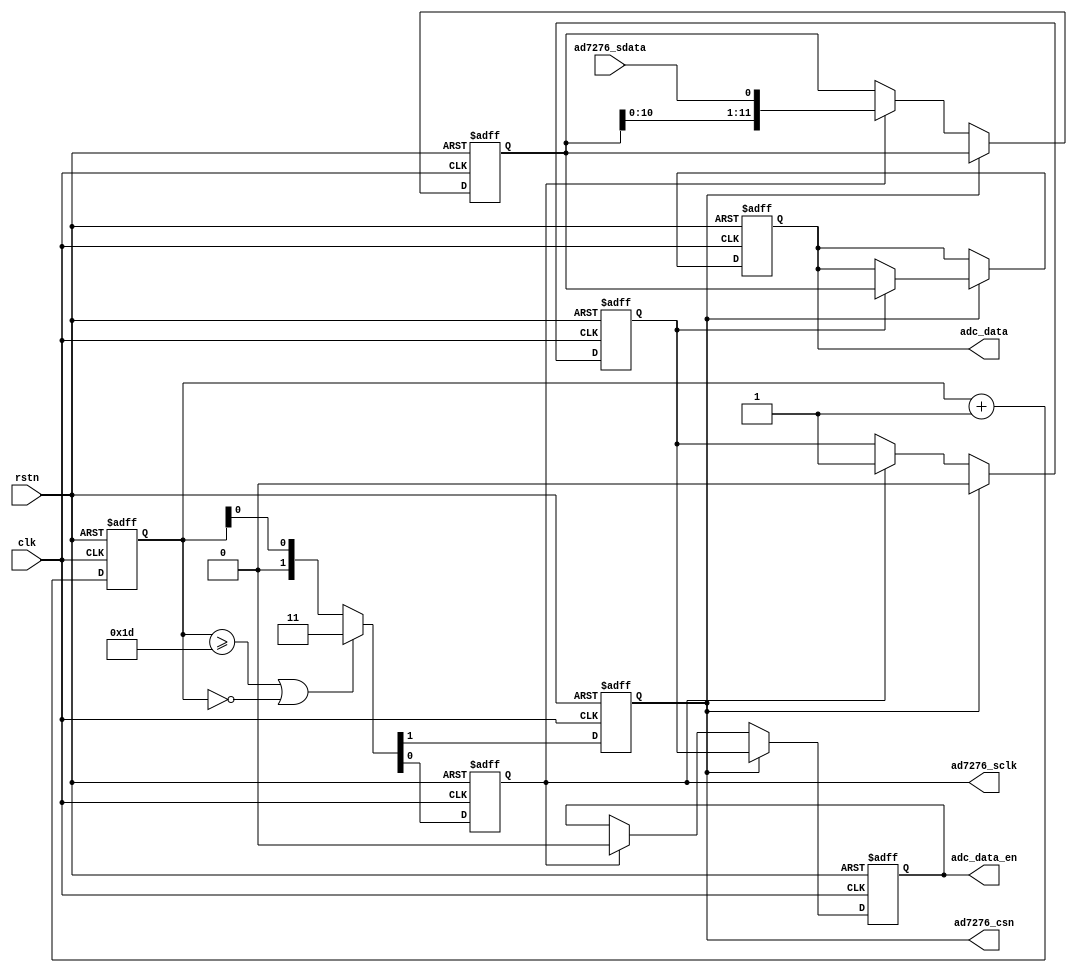
// This program was cloned from: https://github.com/WangXuan95/FPGA-NFC
// License: GNU General Public License v3.0


module ad7276_read (
    input  wire       rstn, 
    input  wire       clk,      // require 81.36MHz
    // connect to AD7276
    output reg        ad7276_csn,
    output reg        ad7276_sclk,
    input  wire       ad7276_sdata,
    // 12bit ADC data output
    output reg        adc_data_en,
    output reg [11:0] adc_data
);


initial {ad7276_csn, ad7276_sclk} = 2'b11;
initial {adc_data_en, adc_data} = 0;

reg [ 4:0] cnt = 0;
reg        data_en = 0;
reg [11:0] data = 0;

// cnt runs from 0~31 cyclic
always @ (posedge clk or negedge rstn)
    if(~rstn)
        cnt <= 0;
    else
        cnt <= cnt + 5'd1;


always @ (posedge clk or negedge rstn)
    if(~rstn) begin
        {ad7276_csn, ad7276_sclk} <= 2'b11;
    end else begin
        if(cnt >= 5'd29 || cnt == 5'd0)
            {ad7276_csn, ad7276_sclk} <= 2'b11;
        else
            {ad7276_csn, ad7276_sclk} <= {1'b0, cnt[0]};
    end


always @ (posedge clk or negedge rstn)
    if(~rstn) begin
        data_en <= 1'b0;
        data <= 0;
        adc_data_en <= 1'b0;
        adc_data <= 0;
    end else begin
        if(ad7276_csn) begin                     // submit result
            data_en <= 1'b0;
            adc_data_en <= data_en;
            if(data_en) adc_data <= data;
        end else if(ad7276_sclk) begin           // sample at negedge of ad7276_sclk
            data_en <= 1'b1;
            data <= {data[10:0], ad7276_sdata};
            adc_data_en <= 1'b0;
        end
    end


endmodule